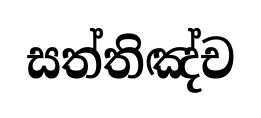
සත්තිඤ්ච